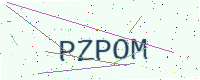
Text: PZPOM